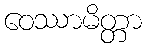
ဝေဿာမိတ္တာ